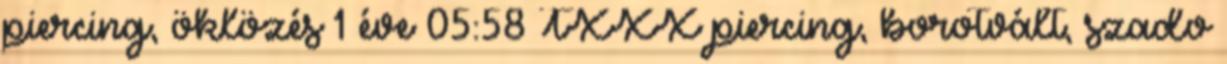
piercing, öklözés 1 éve 05:58 TXXX piercing, borotvált, szado